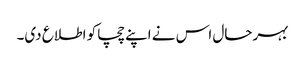
بہرحال اس نے اپنے چچا کو اطلاع دی۔